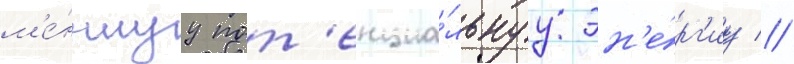
м'е́ньшуу пот'енциа́льнуу эн'е́рг'иу //